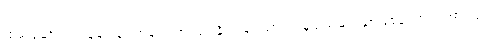
ထမ်းဆောင်ကြသူများမှာ အများအားဖြင့် နိုင်ငံခြားသား အမှုထမ်းများသာဖြစ်ကြောင်း အားလုံး